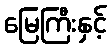
မြေကြီးနှင့်